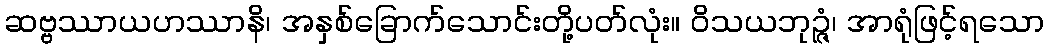
ဆဗ္ဗဿာယဟဿာနိ၊ အနှစ်ခြောက်သောင်းတို့ပတ်လုံး။ ဝိသယဘုဉ္ဇံ၊ အာရုံဖြင့်ရသော